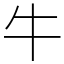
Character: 牛